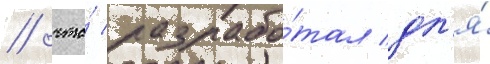
/ что́ разрабо́тал дл'я́